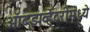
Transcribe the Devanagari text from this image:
ऑब्झर्व्हेटरीमध्ये